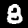
Label: 8